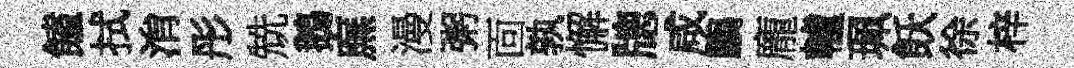
饁拭㳙彤兟鵝廡漫粥靣孰懈牕咸鸝龐轤珮飫徐梓